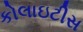
કોલાઇટીસ